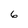
Character: 6